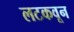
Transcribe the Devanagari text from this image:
लटकवून